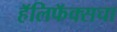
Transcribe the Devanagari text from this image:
हॅलिफॅक्सचा